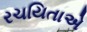
રચયિતાએ